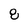
Character: 8